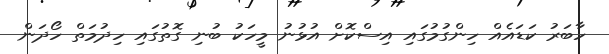
ހާބަރު ކަޑައެއް ހިންގުމުގައި އިސްކޮށް އުޅުނު މީހަކު ބުނި ގޮތުގައި ހިދުމަތް ހޯދަން